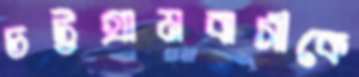
চট্টগ্রামবাসীকে